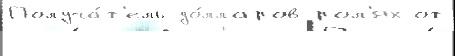
Получа́т'ель до́лларов рол'ях от